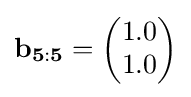
\mathbf {b_{5:5}} ={\begin{pmatrix}1.0\\1.0\end{pmatrix}}